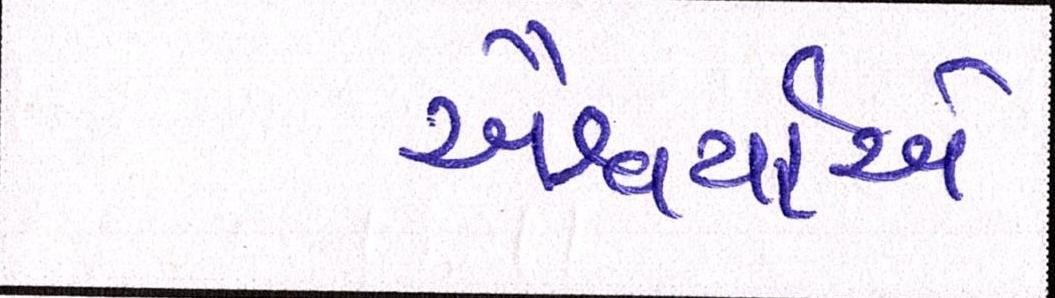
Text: ઐશ્વર્યાએ